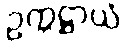
ဥက္ကဋ္ဌာယံ